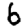
Digit: 6